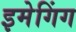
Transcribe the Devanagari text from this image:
इमेगिंग